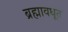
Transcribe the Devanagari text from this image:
ब्रह्मावधूत